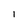
Character: 1